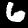
Label: 6